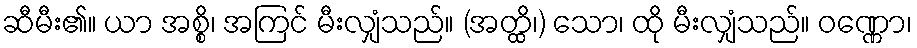
ဆီမီး၏။ ယာ အစ္စိ၊ အကြင် မီးလျှံသည်။ (အတ္ထိ၊) သော၊ ထို မီးလျှံသည်။ ဝဏ္ဏော၊